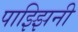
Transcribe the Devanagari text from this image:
पाझ्झिनी